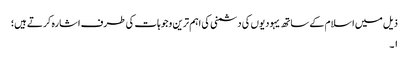
ذیل میں اسلام کے ساتھ یہودیوں کی دشمنی کی اہم ترین وجوہات کی طرف اشارہ کرتے ہیں؛
۱۔